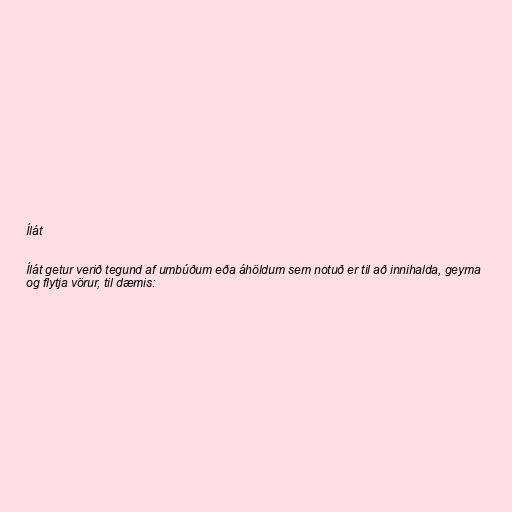
Ílát

Ílát getur verið tegund af umbúðum eða áhöldum sem notuð er til að innihalda, geyma
og flytja vörur, til dæmis: